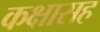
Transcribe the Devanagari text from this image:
कक्षासह